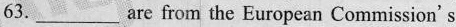
63. ___ are from the European Commission' s